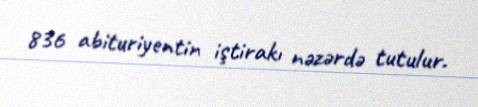
836 abituriyentin iştirakı nəzərdə tutulur.